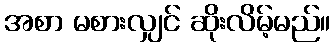
အစာ မစားလျှင် ဆိုးလိမ့်မည်။